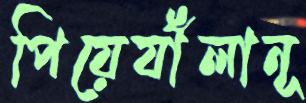
পিয়ের্যাঁলানূ